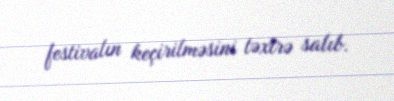
festivalın keçirilməsini təxirə salıb.